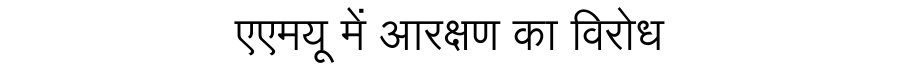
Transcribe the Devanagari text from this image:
एएमयू में आरक्षण का विरोध